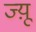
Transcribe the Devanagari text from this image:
ज्य़ू